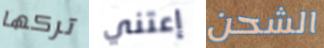
تركها إعتني الشحن